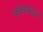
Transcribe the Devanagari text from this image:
बांधकाल